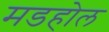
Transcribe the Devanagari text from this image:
मडहोल